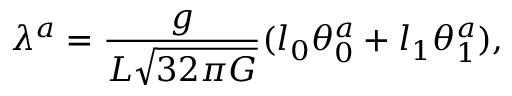
\lambda ^ { a } = \frac { g } { L \sqrt { 3 2 \pi G } } ( l _ { 0 } \theta _ { 0 } ^ { a } + l _ { 1 } \theta _ { 1 } ^ { a } ) ,